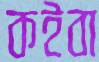
কইবা